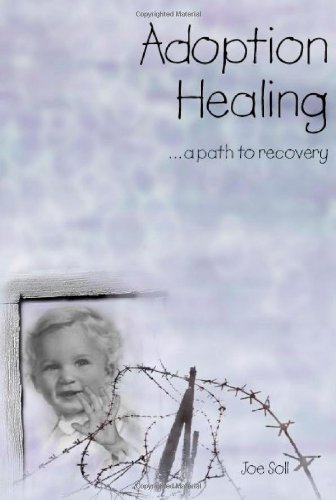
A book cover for Adoption Healing ...a path to recovery; Joe Soll; Parenting & Relationships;